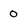
Character: 0